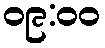
၀၉:၀၀